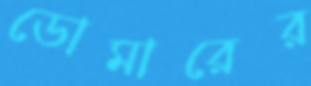
ডোমারের